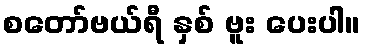
စတော်ဗယ်ရီ နှစ် ဗူး ပေးပါ။